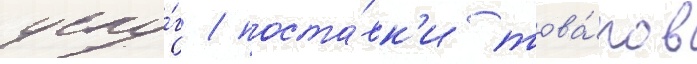
услу́г / поста́вк'и това́ров